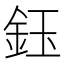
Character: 鈺